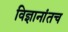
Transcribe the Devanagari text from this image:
विज्ञानांतच